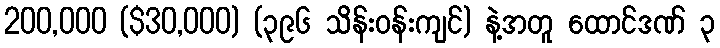
200,000 ($30,000) (၃၉၆ သိန်းဝန်းကျင်) နဲ့အတူ ထောင်ဒဏ် ၃